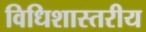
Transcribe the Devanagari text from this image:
विधिशास्तरीय